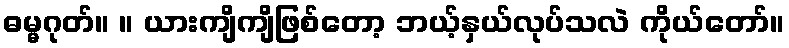
ဓမ္မဂုတ်။ ။ ယားကျိကျိဖြစ်တော့ ဘယ့်နှယ်လုပ်သလဲ ကိုယ်တော်။